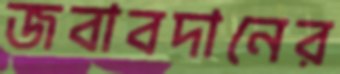
জবাবদানের